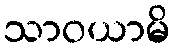
သာဝယာမိ